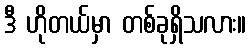
ဒီ ဟိုတယ်မှာ တစ်ခုရှိသလား။